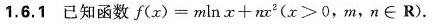
1.6.1已知函数$$f ( x ) = m \ln x + n x ^ { 2 }$$ ($$ x > 0$$，$$ m ，n \in R$$ ).